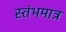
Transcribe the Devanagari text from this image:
स्तंभमात्र